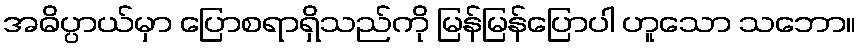
အဓိပ္ပာယ်မှာ ပြောစရာရှိသည်ကို မြန်မြန်ပြောပါ ဟူသော သဘော။